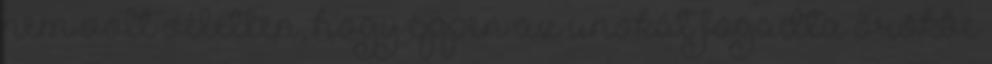
nem volt véletlen, hogy éppen az unokát fogadta örökbe